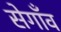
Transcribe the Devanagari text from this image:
सेगाँव